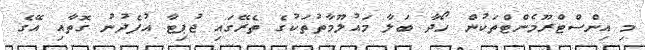
މި އިންސްޓްރޫމެންޓްތަކުން ހޯދާ ބަލާ މައުލޫމާތުތަކުގެ ތެރޭގައި ޖުޕިޓާ އުފެދުނު ގޮތާއި އޭގެ